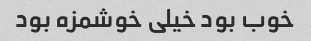
خوب بود خیلی خوشمزه بود